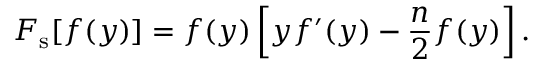
F _ { \mathrm { s } } [ f ( y ) ] = f ( y ) \left[ y f ^ { \prime } ( y ) - \frac { n } { 2 } f ( y ) \right] .